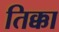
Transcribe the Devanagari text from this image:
तिक्का